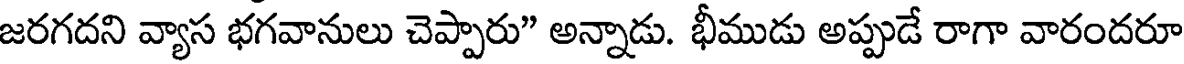
జరగదని వ్యాస భగవానులు చెప్పారు" అన్నాడు. భీముడు అప్పుడే రాగా వారందరూ